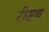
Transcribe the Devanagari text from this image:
रीसच